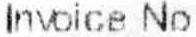
INVOICE NO